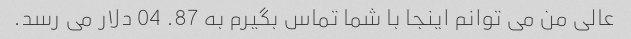
عالی من می توانم اینجا با شما تماس بگیرم به 87. 04 دلار می رسد.